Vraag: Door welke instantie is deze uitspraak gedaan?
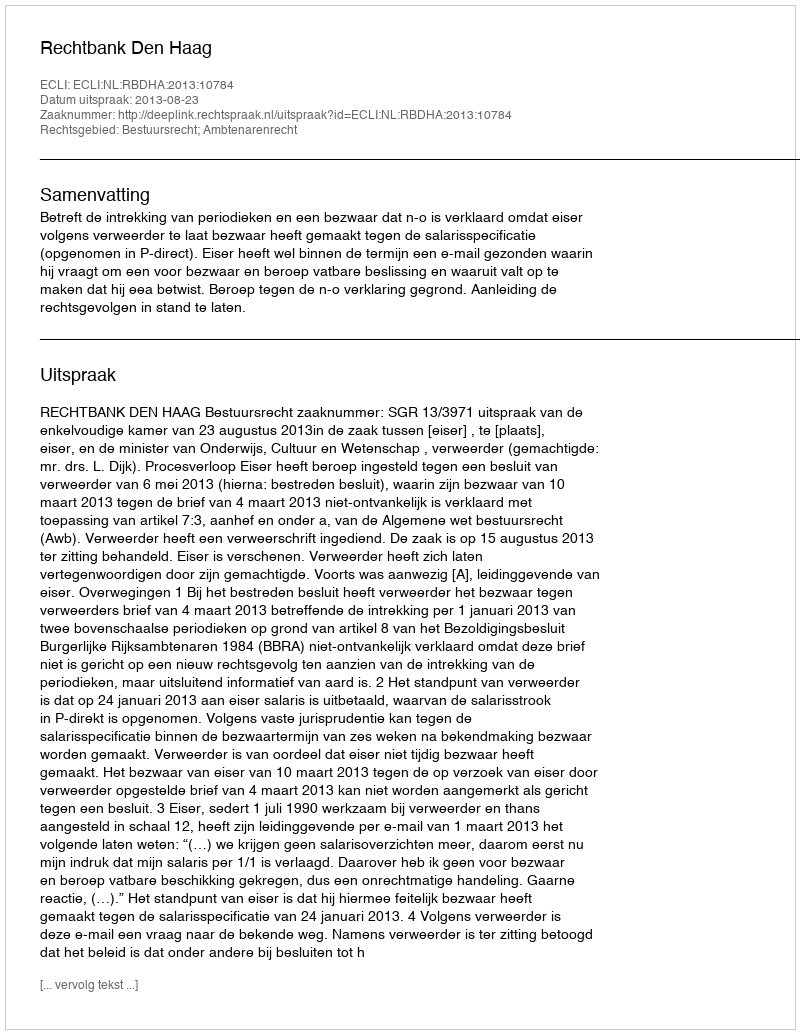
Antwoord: Rechtbank Den Haag